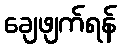
ချေဖျက်ရန်